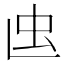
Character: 𧈞